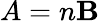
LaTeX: A=n\mathbf{B}